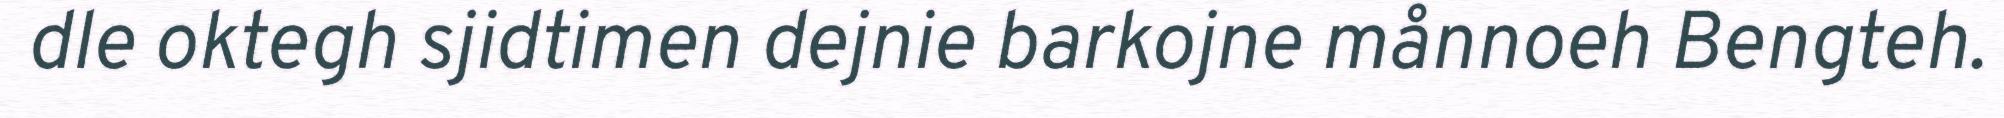
dle oktegh sjidtimen dejnie barkojne månnoeh Bengteh.